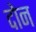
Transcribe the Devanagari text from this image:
दाेन